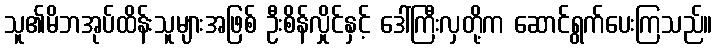
သူ၏မိဘအုပ်ထိန်းသူများအဖြစ် ဦးစိန်လှိုင်နှင့် ဒေါ်ကြီးလှတို့က ဆောင်ရွက်ပေးကြသည်။